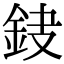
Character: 𨥻